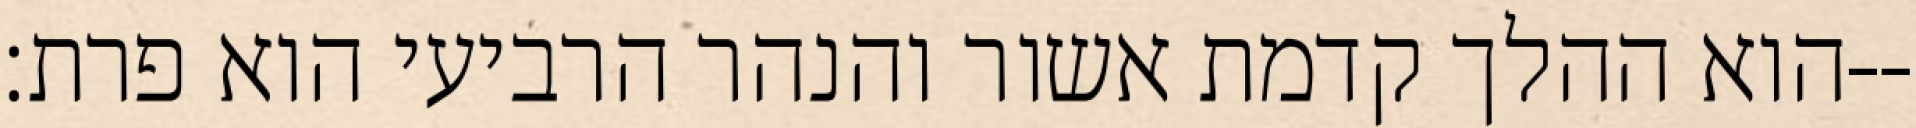
הוא ההלך קדמת אשור והנהר הרביעי הוא פרת׃--